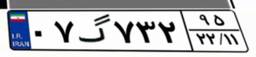
۰۷گ۷۳۲۹۵